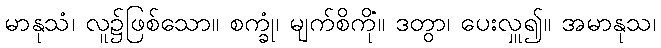
မာနုသံ၊ လူ၌ဖြစ်သော။ စက္ခုံ၊ မျက်စိကို။ ဒတွာ၊ ပေးလှူ၍။ အမာနုသံ၊